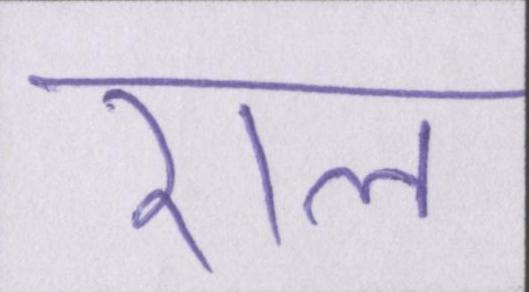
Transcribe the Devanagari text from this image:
राल